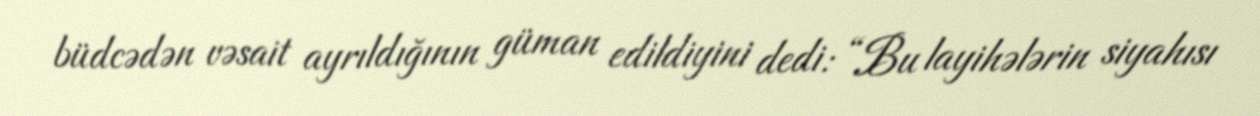
büdcədən vəsait ayrıldığının güman edildiyini dedi: “Bu layihələrin siyahısı